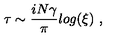
\tau \sim { \frac { i N \gamma } { \pi } } l o g ( \xi ) \ ,